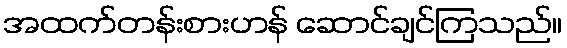
အထက်တန်းစားဟန် ဆောင်ချင်ကြသည်။